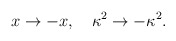
\begin{align*}x \rightarrow -x, \ \ \ \kappa^2 \rightarrow - \kappa^2 .\end{align*}